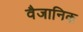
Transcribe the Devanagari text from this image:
वैजानिक